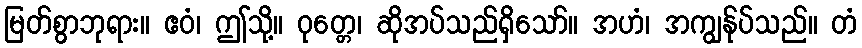
မြတ်စွာဘုရား။ ဧဝံ၊ ဤသို့။ ဝုတ္တေ၊ ဆိုအပ်သည်ရှိသော်။ အဟံ၊ အကျွန်ုပ်သည်။ တံ